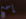
إسمح